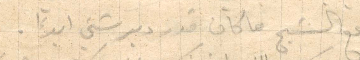
مع الشيخ ما كان قدر دبر شي ابدًا.